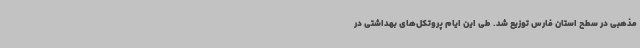
مذهبی در سطح استان فارس توزیع شد. طی این ایام پروتکل‌های بهداشتی در